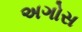
અગોસ